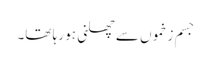
جسم زخموں سے چھلنی ہو رہا تھا۔